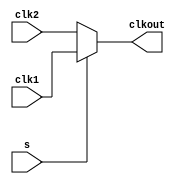
// SPDX-License-Identifier: Apache-2.0
// Copyright (C) 2019 Intel Corporation. All rights reserved
module hdpldadapt_cmn_clkmux2_cell
(
        output  wire    clkout,
        input   wire    clk2,
        input   wire    clk1,
        input   wire    s
);

      assign clkout = s ? clk1 : clk2;

endmodule // hdpldadapt_cmn_clkmux2_cell